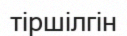
тіршілгін